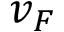
v _ { F }